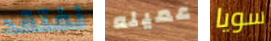
نفتقد عميله سويا